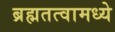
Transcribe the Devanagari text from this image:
ब्रह्मतत्वामध्ये